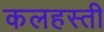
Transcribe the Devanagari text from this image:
कलहस्ती